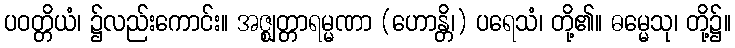
ပဝတ္တိယံ၊ ၌လည်းကောင်း။ အဇ္ဈတ္တာရမ္မဏာ (ဟောန္တိ၊) ပရေသံ၊ တို့၏။ ဓမ္မေသု၊ တို့၌။